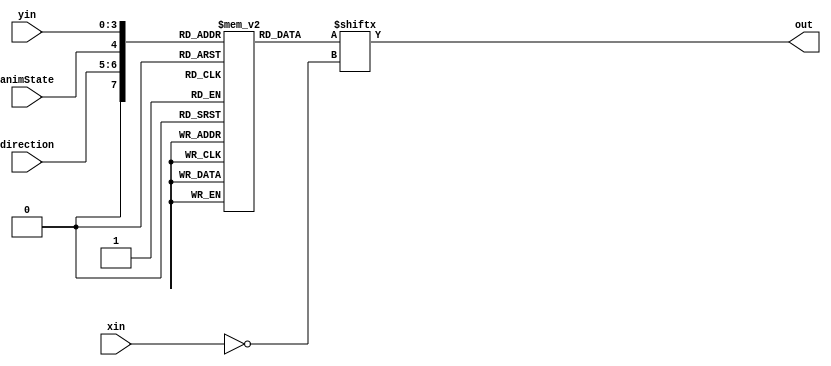

module testBitmap(animState, direction, yin, xin, out);
  
  input animState;
  input [1:0] direction;  
  input [3:0] yin;
  input [3:0] xin;
  output out;
  
  reg [15:0] pacman[0:128];
  
  wire [7:0] caseexpr = {1'b0, direction, animState, yin};
  
  assign out = pacman[caseexpr][~xin];
  
  initial begin
    /*{w:9,h:12,bpw:9,count:6}*/
    pacman['h00] = 9'b111000011;
    pacman['h01] = 9'b111000011;
    pacman['h02] = 9'b111100011;
    pacman['h03] = 9'b111100011;
    pacman['h04] = 9'b110110011;
    pacman['h05] = 9'b110110011;
    pacman['h06] = 9'b110011011;
    pacman['h07] = 9'b110011011;
    pacman['h08] = 9'b110001111;
    pacman['h09] = 9'b110001111;
    pacman['h0A] = 9'b110000111;
    pacman['h0B] = 9'b110000111;
  
    pacman['h10] = 9'b110000011;
    pacman['h11] = 9'b110000011;
    pacman['h12] = 9'b110000011;
    pacman['h13] = 9'b110000011;
    pacman['h14] = 9'b110000011;
    pacman['h15] = 9'b110000011;
    pacman['h16] = 9'b110000011;
    pacman['h17] = 9'b110000011;
    pacman['h18] = 9'b110000011;
    pacman['h19] = 9'b110000011;
    pacman['h1A] = 9'b111111111;
    pacman['h1B] = 9'b011111110;
  
    pacman['h20] = 9'b110000011;
    pacman['h21] = 9'b111000111;
    pacman['h22] = 9'b111101111;
    pacman['h23] = 9'b110111011;
    pacman['h24] = 9'b110010011;
    pacman['h25] = 9'b110000011;
    pacman['h26] = 9'b110000011;
    pacman['h27] = 9'b110000011;
    pacman['h28] = 9'b110000011;
    pacman['h29] = 9'b110000011;
    pacman['h2A] = 9'b110000011;
    pacman['h2B] = 9'b110000011;
  
    pacman['h30] = 9'b111111111;
    pacman['h31] = 9'b111111111;
    pacman['h32] = 9'b000111000;
    pacman['h33] = 9'b000111000;
    pacman['h34] = 9'b000111000;
    pacman['h35] = 9'b000111000;
    pacman['h36] = 9'b000111000;
    pacman['h37] = 9'b000111000;
    pacman['h38] = 9'b000111000;
    pacman['h39] = 9'b000111000;
    pacman['h3A] = 9'b111111111;
    pacman['h3B] = 9'b111111111;
  
    pacman['h40] = 9'b111111111;
    pacman['h41] = 9'b111111111;
    pacman['h42] = 9'b000000011;
    pacman['h43] = 9'b000000111;
    pacman['h44] = 9'b000001110;
    pacman['h45] = 9'b000011100;
    pacman['h46] = 9'b000111000;
    pacman['h47] = 9'b001110000;
    pacman['h48] = 9'b011100000;
    pacman['h49] = 9'b111000000;
    pacman['h4A] = 9'b111111111;
    pacman['h4B] = 9'b111111111;
  
    pacman['h50] = 9'b111111100;
    pacman['h51] = 9'b111111111;
    pacman['h52] = 9'b110000011;
    pacman['h53] = 9'b110000011;
    pacman['h54] = 9'b110000011;
    pacman['h55] = 9'b110000011;
    pacman['h56] = 9'b111111111;
    pacman['h57] = 9'b111111111;
    pacman['h58] = 9'b110000011;
    pacman['h59] = 9'b110000011;
    pacman['h5A] = 9'b110000011;
    pacman['h5B] = 9'b110000011;
   end
  
endmodule